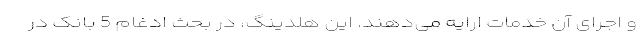
و اجرای آن خدمات ارایه می‌دهند. این هلدینگ، در بحث ادغام 5 بانک در